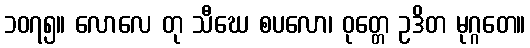
၁၀၇၅။ လောလေ တု သီဃေ စပလော၊ ဝုတ္တေ ဥဒိတ မုဂ္ဂတေ။